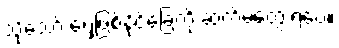
သို့သော် ရှေ့ဖြစ်နိုင်ခြေကို ဆက်မတွေးရဲပေ။